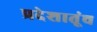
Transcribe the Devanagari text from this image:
प्रदेशातूंच